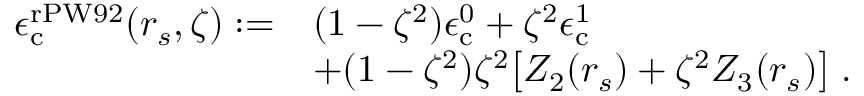
\begin{array} { r l } { \epsilon _ { \mathrm { c } } ^ { \mathrm { r P W 9 2 } } ( r _ { s } , \zeta ) : = } & { ( 1 - \zeta ^ { 2 } ) \epsilon _ { \mathrm { c } } ^ { 0 } + \zeta ^ { 2 } \epsilon _ { \mathrm { c } } ^ { 1 } } \\ & { + ( 1 - \zeta ^ { 2 } ) \zeta ^ { 2 } \big [ Z _ { 2 } ( r _ { s } ) + \zeta ^ { 2 } Z _ { 3 } ( r _ { s } ) \big ] \; . } \end{array}